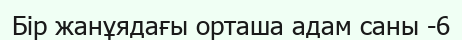
Бір жанұядағы орташа адам саны -6